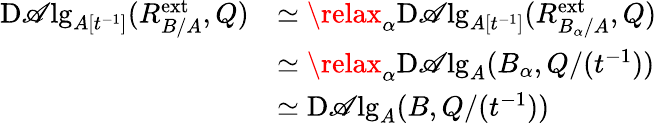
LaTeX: \begin{array}{rl}{\mathrm{D}\mathscr{A}\mathrm{lg}_{A[t^{-1}]}(R_{B/A}^{\operatorname{ext}},Q)}&{\simeq\relax_{\alpha}\mathrm{D}\mathscr{A}\mathrm{lg}_{A[t^{-1}]}(R_{B_{\alpha}/A}^{\operatorname{ext}},Q)}\\ &{\simeq\relax_{\alpha}\mathrm{D}\mathscr{A}\mathrm{lg}_{A}(B_{\alpha},Q/(t^{-1}))}\\ &{\simeq\mathrm{D}\mathscr{A}\mathrm{lg}_{A}(B,Q/(t^{-1}))}\end{array}